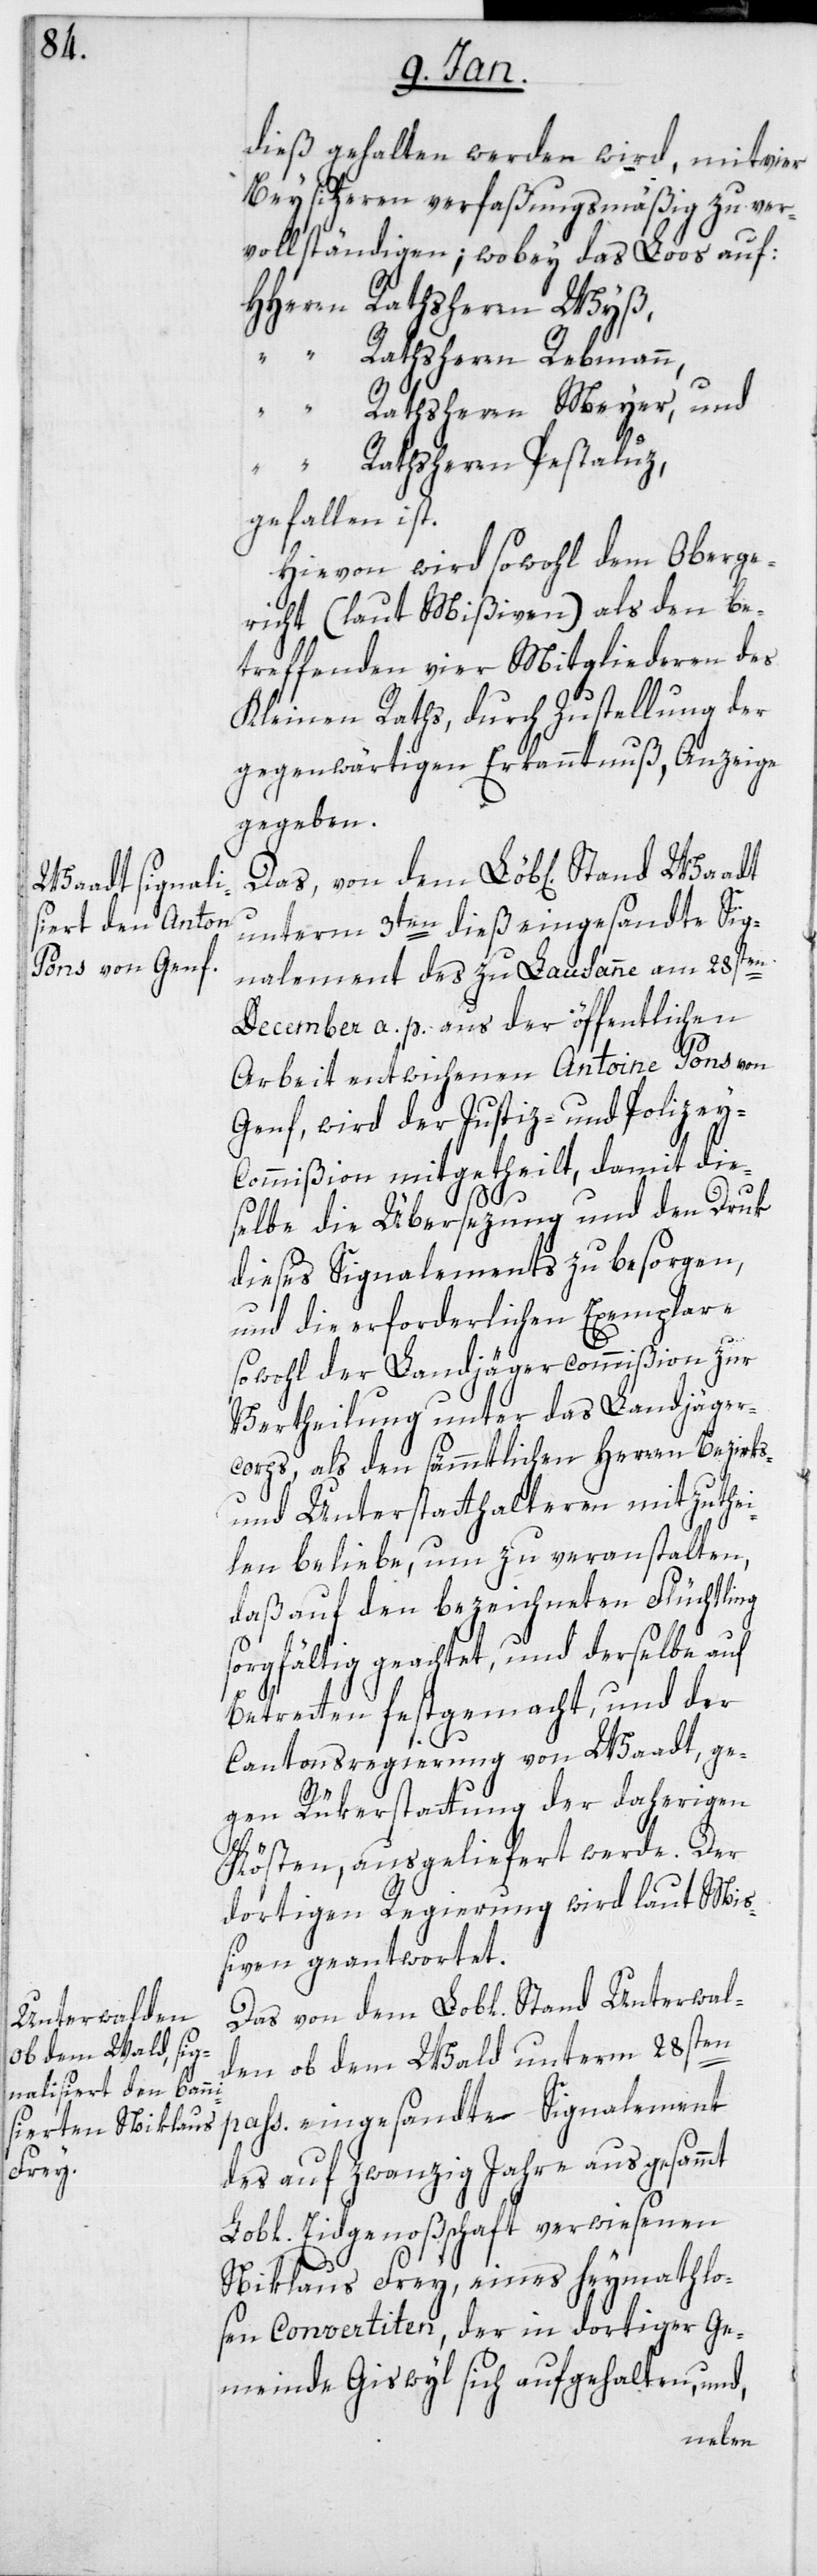
Beysitzern verfaßungsmäßig zu ver¬
vollständigen; wobey das Loos auf:
HHerrn Rathsherrn Wyß,
“ Rathsherrn Meyer, und
“ Rathsherrn Pestaluz,
gefallen ist.
Hievon wird sowohl dem Oberge¬
richt (laut Mißiven) als den be¬
treffenden vier Mitgliederen des
Kleinen Raths, durch Zustellung der
gegenwärtigen Erkanntnuß, Anzeige
gegeben.
unterm 3ten dieß eingesandte Sig¬
nalement des zu Lausanne am 28sten
December a. p. aus der öffentlichen
Arbeit entwichenen Antoine Pons von
Genf, wird der Justiz- und Polizey-C¬
ommißion mitgetheilt, damit die¬
selbe die Übersezung und den Druk
dieses Signalements zu besorgen,
und die erforderlichen Exemplare
sowohl der Landjägercommißion zur
Vertheilung unter das Landjäger¬
corps, als den sämmtlichen Herren Bezirks-
und Unterstatthalteren mitzuthei¬
len beliebe, um zu veranstalten,
daß auf den bezeichneten Flüchtling
sorgfältig geachtet, und derselbe auf
Betretten festgemacht, und der
Cantonsregierung von Waadt, ge¬
gen Rükerstattung der daherigen
Kösten, ausgeliefert werde. Der
dortigen Regierung wird laut Miß¬
iven geantwortet.
Das von dem Lobl. Stand Unterwal¬
den ob dem Wald unterm 28sten
pass. eingesandte Signalement
des auf zwanzig Jahre ausgesammt
Lobl. Eidgenoßschaft verwiesenen
Niklaus Frey, eines heymathlo¬
sen Convertiten, der in dortiger Ge¬
meinde Giswyl sich aufgehalten, und,